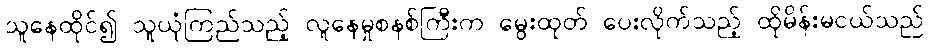
သူနေထိုင်၍ သူယုံကြည်သည့် လူနေမှုစနစ်ကြီးက မွေးထုတ် ပေးလိုက်သည့် ထိုမိန်းမငယ်သည်